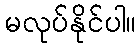
မလုပ်နိုင်ပါ။